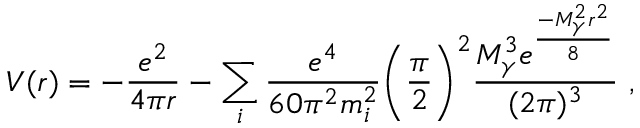
V ( r ) = - \frac { e ^ { 2 } } { 4 \pi r } - \sum _ { i } \frac { e ^ { 4 } } { 6 0 \pi ^ { 2 } m _ { i } ^ { 2 } } \biggl ( \frac { \pi } { 2 } \biggr ) ^ { 2 } \frac { M _ { \gamma } ^ { 3 } e ^ { \frac { - M _ { \gamma } ^ { 2 } r ^ { 2 } } { 8 } } } { ( 2 \pi ) ^ { 3 } } \ ,